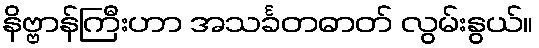
နိဗ္ဗာန်ကြီးဟာ အသင်္ခတဓာတ် လွမ်းနွယ်။